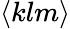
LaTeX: \langle klm\rangle